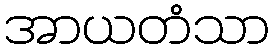
အာယတံသာ